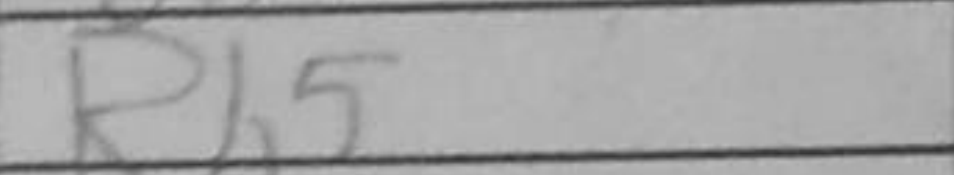
Transcription: Rb5